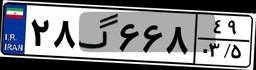
۲۸گ۶۶۸۴۹